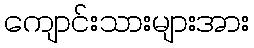
ကျောင်းသားများအား